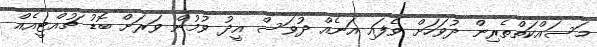
މަސައްކަތްތެރިން ދުވަހަށް ވެފައި އަނެއް ދުވަސް އީދު ވުމުން ވަރަށް ބޮޑު ޗުއްޓީއެއް